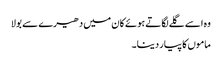
وہ اسے گلے لگاتے ہوئے کان میں دھیرے سے بولا
ماموں کا پیار دینا۔